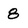
Character: 8